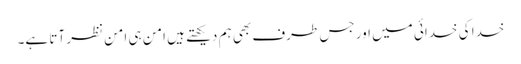
خدا کی خدائی میں اور جس طرف بھی ہم دیکھتے ہیں امن ہی امن نظر آتا ہے۔